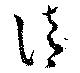
淸